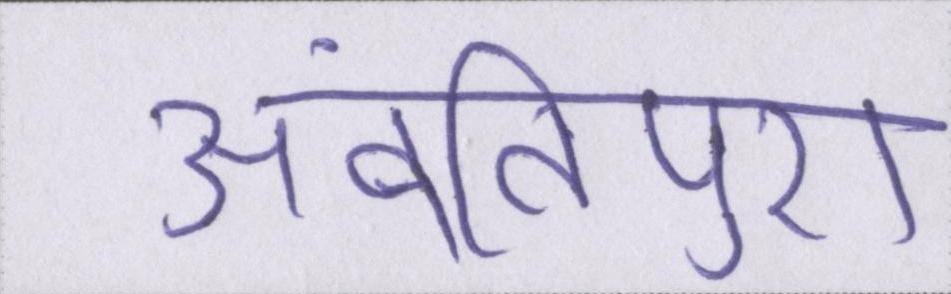
अवंतिपुर